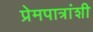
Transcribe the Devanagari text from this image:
प्रेमपात्रांशी